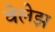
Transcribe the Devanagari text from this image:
वेलेझ